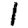
Digit: 1